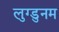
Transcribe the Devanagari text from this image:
लुग्डुनम